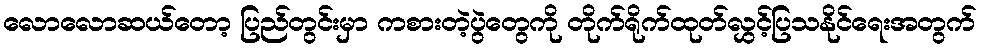
လောလောဆယ်တော့ ပြည်တွင်းမှာ ကစားတဲ့ပွဲတွေကို တိုက်ရိုက်ထုတ်လွှင့်ပြသနိုင်ရေးအတွက်